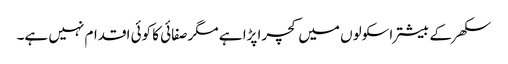
سکھر کے بیشتر اسکولوں میں کچرا پڑا ہے مگرصفائی کا کوئی اقدام نہیں ہے۔